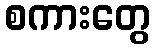
စကားတွေ